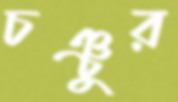
চঞ্চুর